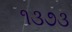
૧૩૭૩